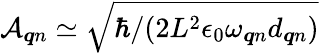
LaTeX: {\cal A}_{\boldsymbol{q}n}\simeq\sqrt{{\hbar}/({2L^{2}\epsilon_{0}\omega_{\boldsymbol{q}n}d_{\boldsymbol{q}n}})}